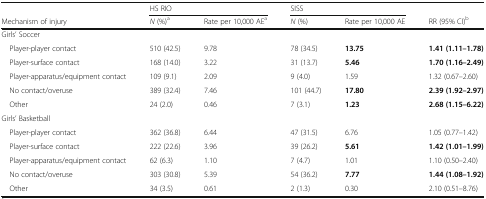
<table><thead><tr><td></td><td colspan="2"><b>HS RIO</b></td><td colspan="2"><b>SISS</b></td><td></td></tr><tr><td><b>Mechanism of injury</b></td><td><b><i>N</i> (%)<sup>a</sup></b></td><td><b>Rate per 10,000 AE<sup>a</sup></b></td><td><b><i>N</i> (%)</b></td><td><b>Rate per 10,000 AE</b></td><td><b>RR (95% CI)<sup>b</sup></b></td></tr></thead><tbody><tr><td colspan="6">Girls’ Soccer</td></tr><tr><td> Player-player contact</td><td>510 (42.5)</td><td>9.78</td><td>78 (34.5)</td><td><b>13.75</b></td><td><b>1.41 (1.11–1.78)</b></td></tr><tr><td> Player-surface contact</td><td>168 (14.0)</td><td>3.22</td><td>31 (13.7)</td><td><b>5.46</b></td><td><b>1.70 (1.16–2.49)</b></td></tr><tr><td> Player-apparatus/equipment contact</td><td>109 (9.1)</td><td>2.09</td><td>9 (4.0)</td><td>1.59</td><td>1.32 (0.67–2.60)</td></tr><tr><td> No contact/overuse</td><td>389 (32.4)</td><td>7.46</td><td>101 (44.7)</td><td><b>17.80</b></td><td><b>2.39 (1.92–2.97)</b></td></tr><tr><td> Other</td><td>24 (2.0)</td><td>0.46</td><td>7 (3.1)</td><td><b>1.23</b></td><td><b>2.68 (1.15–6.22)</b></td></tr><tr><td colspan="6">Girls’ Basketball</td></tr><tr><td> Player-player contact</td><td>362 (36.8)</td><td>6.44</td><td>47 (31.5)</td><td>6.76</td><td>1.05 (0.77–1.42)</td></tr><tr><td> Player-surface contact</td><td>222 (22.6)</td><td>3.96</td><td>39 (26.2)</td><td><b>5.61</b></td><td><b>1.42 (1.01–1.99)</b></td></tr><tr><td> Player-apparatus/equipment contact</td><td>62 (6.3)</td><td>1.10</td><td>7 (4.7)</td><td>1.01</td><td>1.10 (0.50–2.40)</td></tr><tr><td> No contact/overuse</td><td>303 (30.8)</td><td>5.39</td><td>54 (36.2)</td><td><b>7.77</b></td><td><b>1.44 (1.08–1.92)</b></td></tr><tr><td> Other</td><td>34 (3.5)</td><td>0.61</td><td>2 (1.3)</td><td>0.30</td><td>2.10 (0.51–8.76)</td></tr></tbody></table>